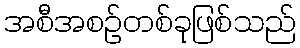
အစီအစဉ်တစ်ခုဖြစ်သည်